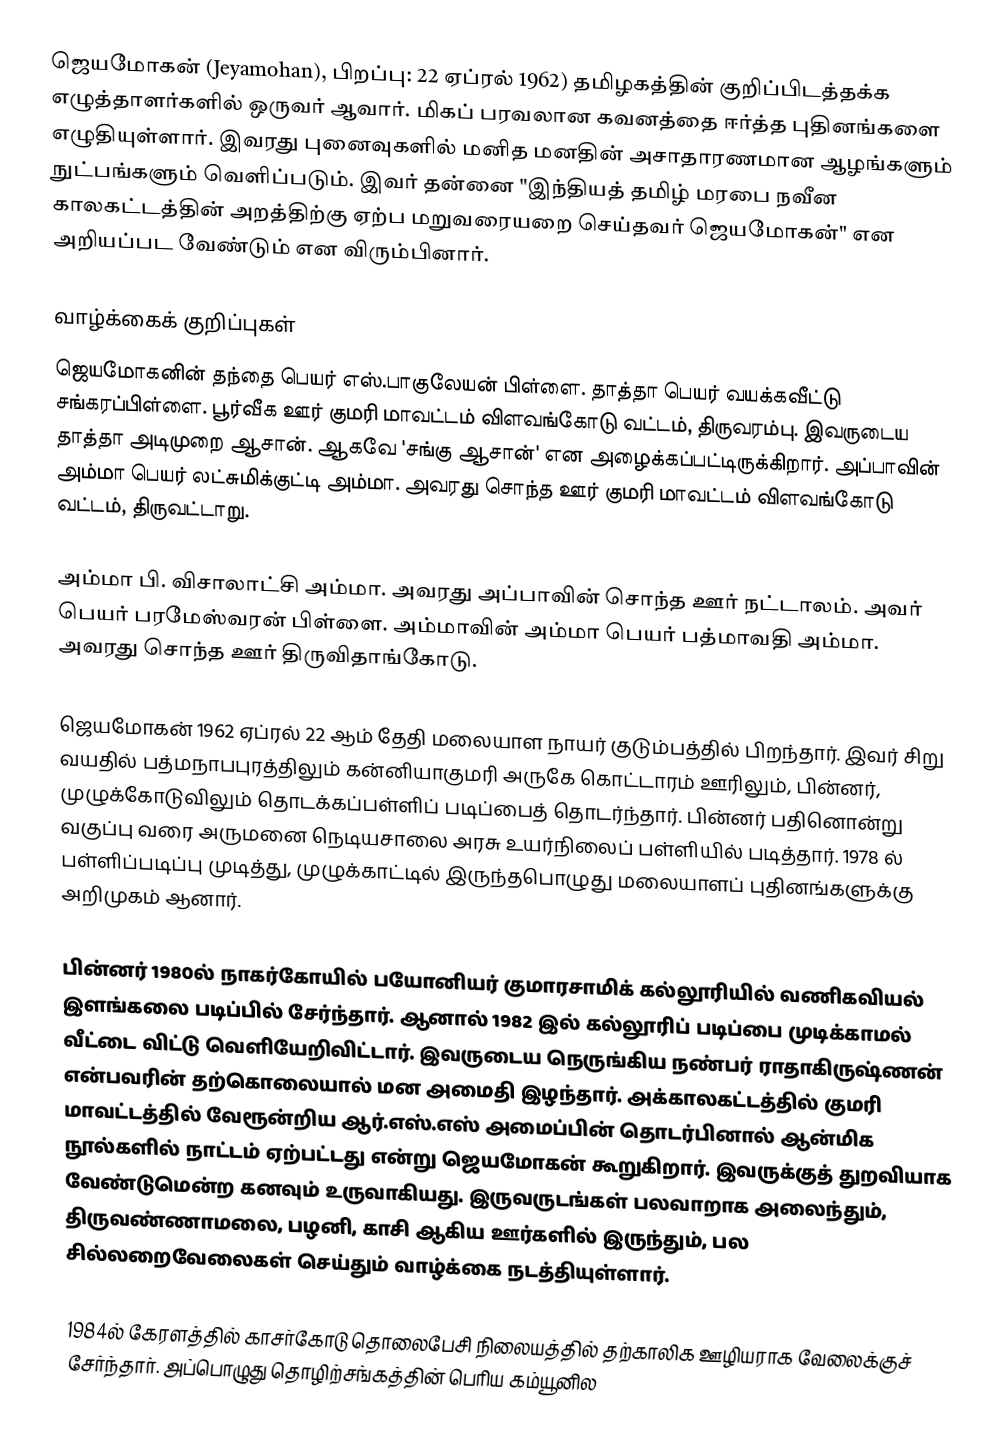
ஜெயமோகன் (Jeyamohan), பிறப்பு: 22 ஏப்ரல் 1962) தமிழகத்தின் குறிப்பிடத்தக்க எழுத்தாளர்களில் ஒருவர் ஆவார். மிகப் பரவலான கவனத்தை ஈர்த்த புதினங்களை எழுதியுள்ளார். இவரது புனைவுகளில் மனித மனதின் அசாதாரணமான ஆழங்களும் நுட்பங்களும் வெளிப்படும். இவர் தன்னை "இந்தியத் தமிழ் மரபை நவீன காலகட்டத்தின் அறத்திற்கு ஏற்ப மறுவரையறை செய்தவர் ஜெயமோகன்" என அறியப்பட வேண்டும் என விரும்பினார்.

வாழ்க்கைக் குறிப்புகள்
ஜெயமோகனின் தந்தை பெயர் எஸ்.பாகுலேயன் பிள்ளை. தாத்தா பெயர் வயக்கவீட்டு சங்கரப்பிள்ளை. பூர்வீக ஊர் குமரி மாவட்டம் விளவங்கோடு வட்டம், திருவரம்பு. இவருடைய தாத்தா அடிமுறை ஆசான். ஆகவே 'சங்கு ஆசான்' என அழைக்கப்பட்டிருக்கிறார். அப்பாவின் அம்மா பெயர் லட்சுமிக்குட்டி அம்மா. அவரது சொந்த ஊர் குமரி மாவட்டம் விளவங்கோடு வட்டம், திருவட்டாறு.

அம்மா பி. விசாலாட்சி அம்மா. அவரது அப்பாவின் சொந்த ஊர் நட்டாலம். அவர் பெயர் பரமேஸ்வரன் பிள்ளை. அம்மாவின் அம்மா பெயர் பத்மாவதி அம்மா. அவரது சொந்த ஊர் திருவிதாங்கோடு.

ஜெயமோகன் 1962 ஏப்ரல் 22 ஆம் தேதி மலையாள நாயர் குடும்பத்தில் பிறந்தார். இவர் சிறு வயதில் பத்மநாபபுரத்திலும் கன்னியாகுமரி அருகே கொட்டாரம் ஊரிலும், பின்னர், முழுக்கோடுவிலும் தொடக்கப்பள்ளிப் படிப்பைத் தொடர்ந்தார். பின்னர் பதினொன்று வகுப்பு வரை அருமனை நெடியசாலை அரசு உயர்நிலைப் பள்ளியில் படித்தார். 1978 ல் பள்ளிப்படிப்பு முடித்து, முழுக்காட்டில் இருந்தபொழுது மலையாளப் புதினங்களுக்கு அறிமுகம் ஆனார்.

பின்னர் 1980ல் நாகர்கோயில் பயோனியர் குமாரசாமிக் கல்லூரியில் வணிகவியல் இளங்கலை படிப்பில் சேர்ந்தார். ஆனால் 1982 இல் கல்லூரிப் படிப்பை முடிக்காமல் வீட்டை விட்டு வெளியேறிவிட்டார். இவருடைய நெருங்கிய நண்பர் ராதாகிருஷ்ணன் என்பவரின் தற்கொலையால் மன அமைதி இழந்தார். அக்காலகட்டத்தில் குமரி மாவட்டத்தில் வேரூன்றிய ஆர்.எஸ்.எஸ் அமைப்பின் தொடர்பினால் ஆன்மிக நூல்களில் நாட்டம் ஏற்பட்டது என்று ஜெயமோகன் கூறுகிறார். இவருக்குத் துறவியாக வேண்டுமென்ற கனவும் உருவாகியது. இருவருடங்கள் பலவாறாக அலைந்தும், திருவண்ணாமலை, பழனி, காசி ஆகிய ஊர்களில் இருந்தும், பல சில்லறைவேலைகள் செய்தும் வாழ்க்கை நடத்தியுள்ளார்.

1984ல் கேரளத்தில் காசர்கோடு  தொலைபேசி நிலையத்தில் தற்காலிக ஊழியராக வேலைக்குச் சேர்ந்தார். அப்பொழுது தொழிற்சங்கத்தின் பெரிய கம்யூனில